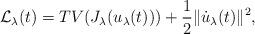
LaTeX: \begin{align*}\mathcal{L}_\lambda(t) = TV(J_{\lambda}(u_\lambda(t)))+ \frac{1}{2} \|\dot{u}_\lambda(t)\|^2,\end{align*}